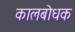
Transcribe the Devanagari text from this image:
कालबोधक